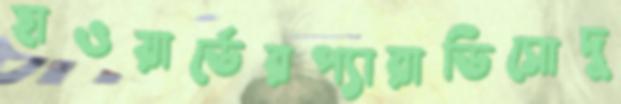
হাওয়ার্ডেরপ্যারাডিসোদু